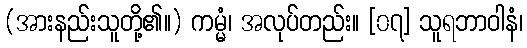
(အားနည်းသူတို့၏။) ကမ္မံ၊ အလုပ်တည်း။ [၀၇] သူရဘာဝါနံ၊